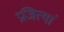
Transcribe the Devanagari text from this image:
प्रजित्यां